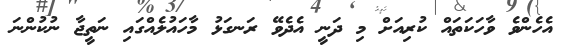
އެހެންވެ ވާހަކަތައް ކުރިއަށް މި ދަނީ އެދެވޭ ރަނގަޅު މާހައުލެއްގައި ނަތީޖާ ނުކުންނަ